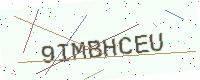
Text: 9IMBHCEU